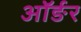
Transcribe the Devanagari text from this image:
ऑर्ङर